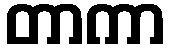
တာကာ